Vabadussoja_Ajaloo_Komitee, lk 9
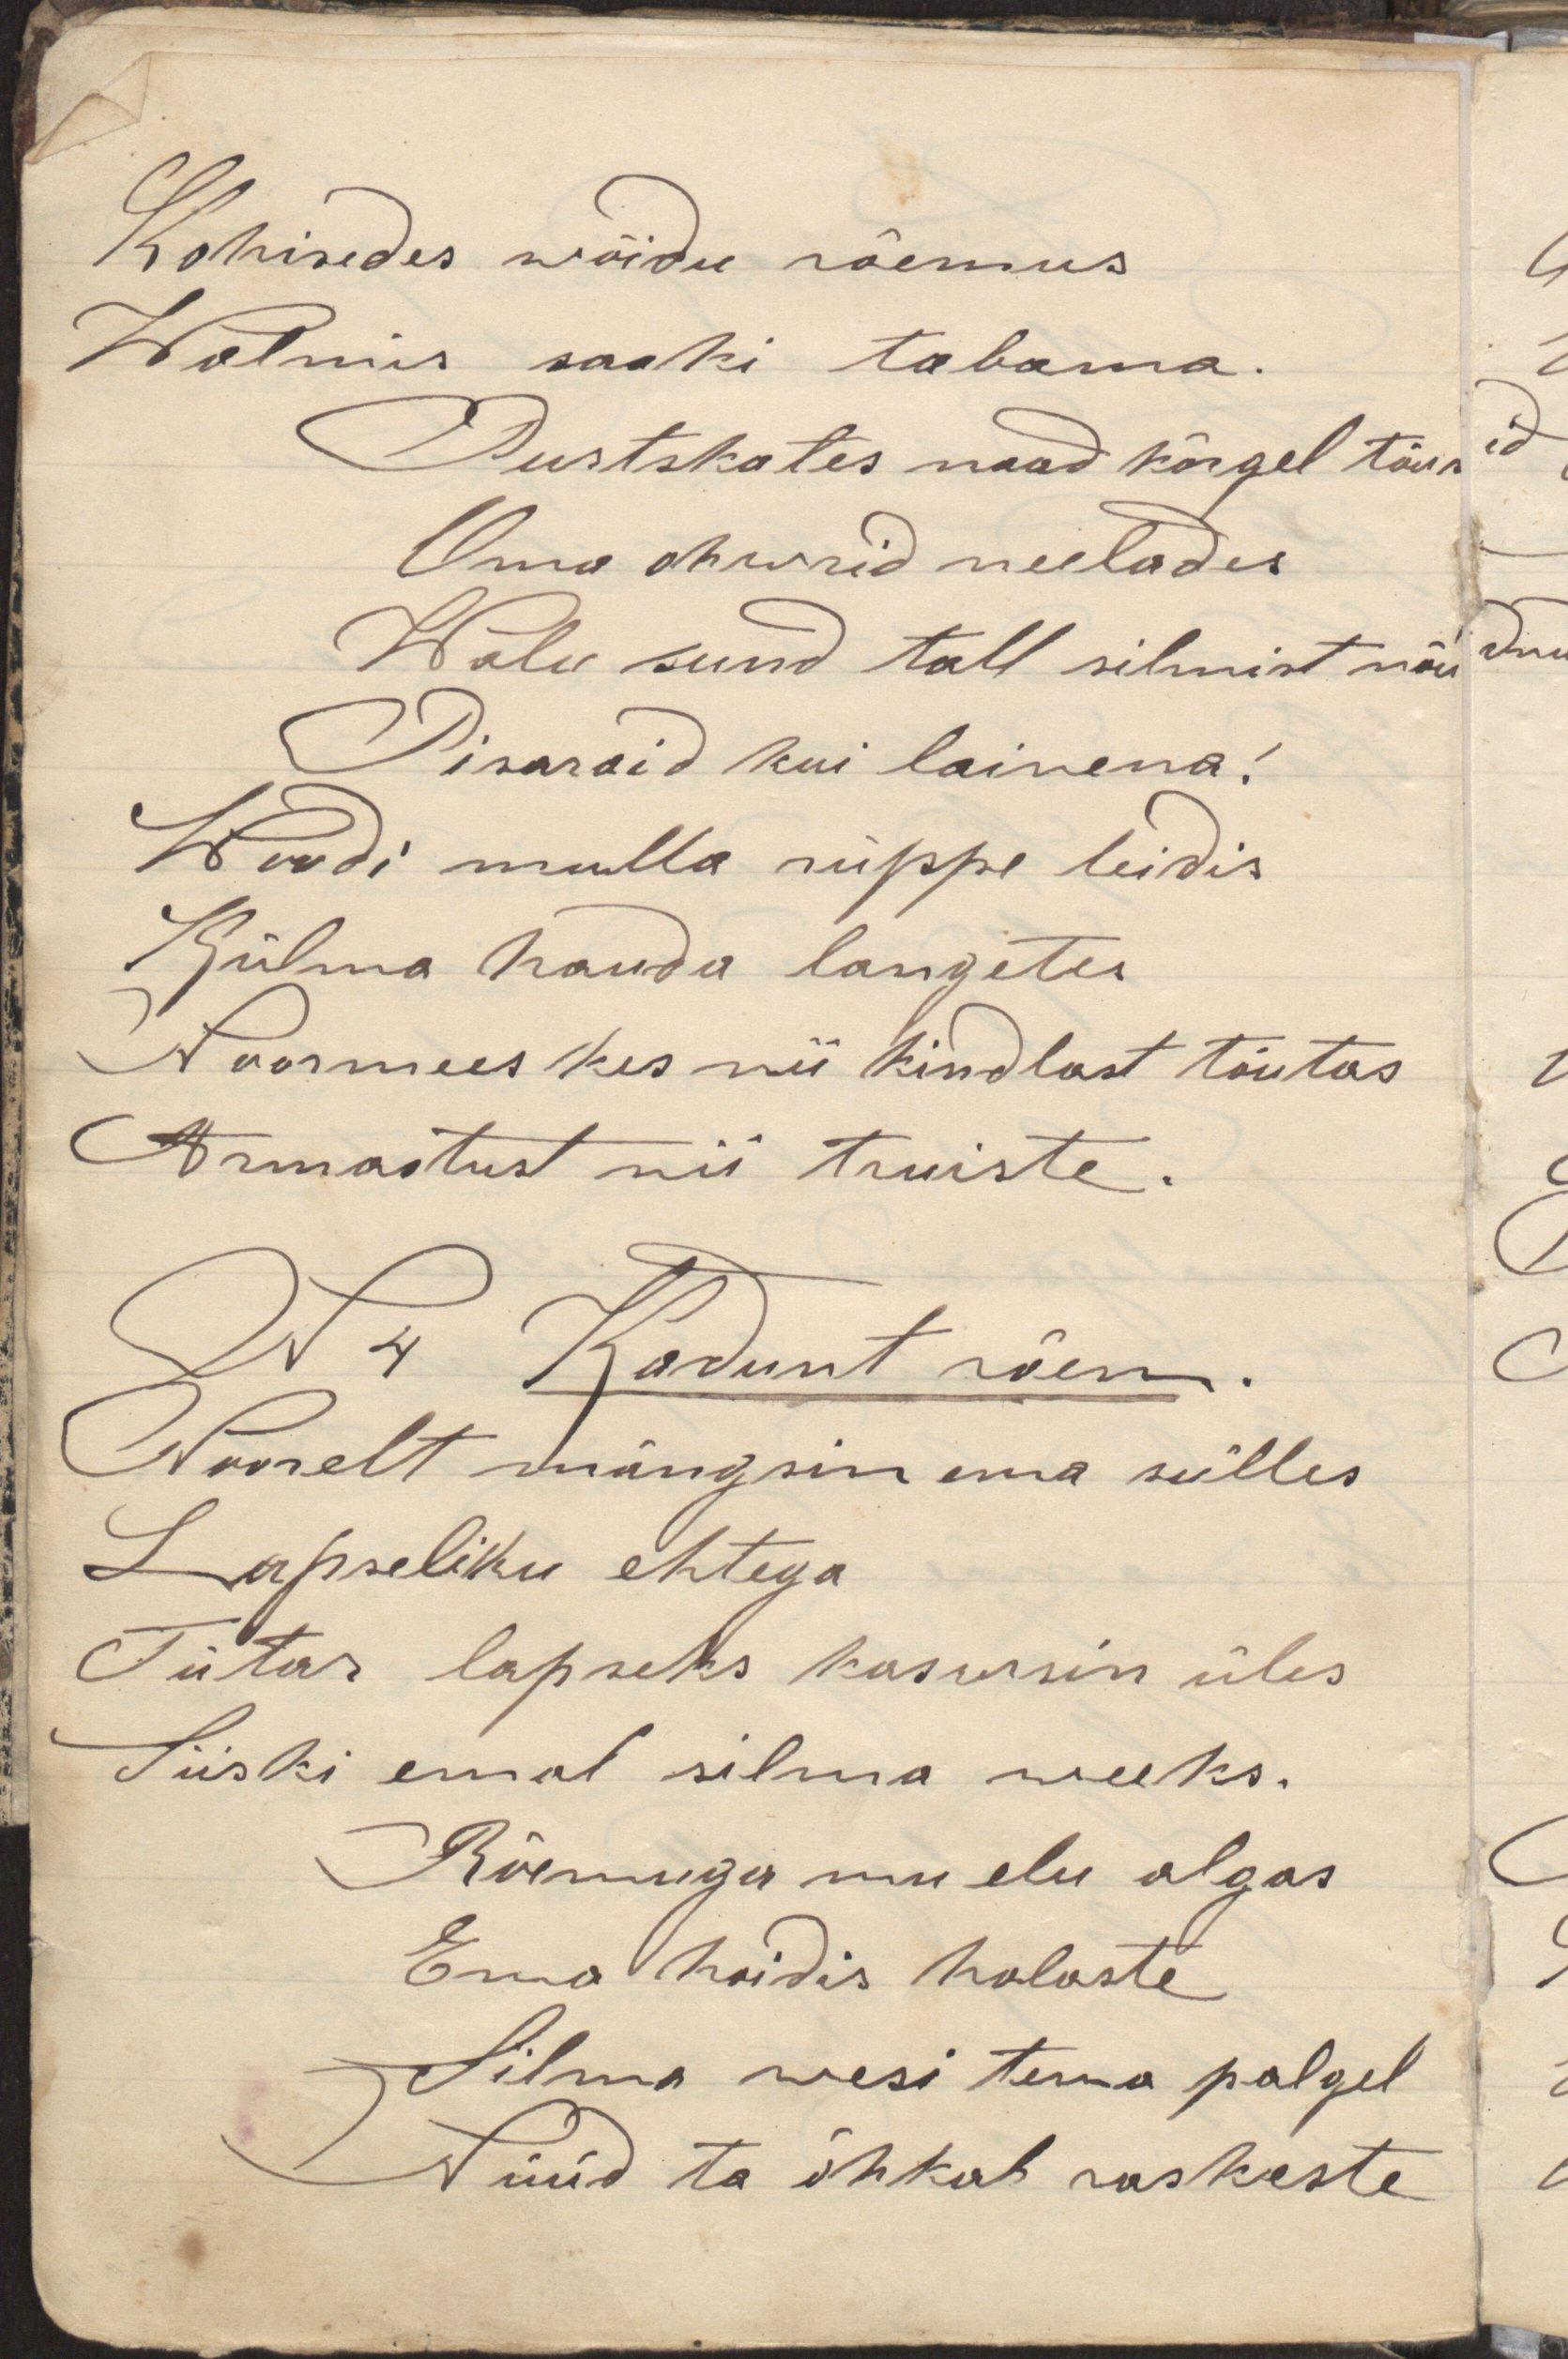
Kohisedes wõidu rõemus
Walmis saaki tabama.
Purtskates naad kõrgel tõusid
Oma ohwrid neelades
Walu sund tall silmist nõudnud
Pisaraid kui lainena!
Woodi mulla rüppe leidis
Külma hauda langetes
Noormees kes nii kindlast tõutas
Armastust nii truiste.
N 4 Kadunt näen.
Noorelt mängsin ema sülles
Lapseliku ehtega
Tütar lapseks kaswsin üles
Siiski emal silma weeks.
Rõemuga mu elu algas
Ema hoidis halaste
Silma wesi tema palgel
Nüüd ta õhkab raskeste